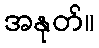
အနုတ်။